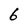
Character: 6